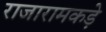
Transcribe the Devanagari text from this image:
राजारामकड़े